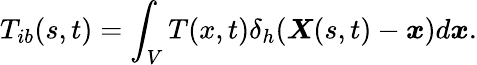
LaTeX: T_{ib}(s,t)=\int_{V}T(x,t)\delta_{h}(\boldsymbol{X}(s,t)-\boldsymbol{x})d\boldsymbol{x}.